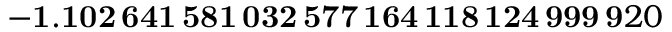
\mathbf { - 1 . 1 0 2 \, 6 4 1 \, 5 8 1 \, 0 3 2 \, 5 7 7 \, 1 6 4 \, 1 1 8 \, 1 2 4 \, 9 9 9 \, 9 } 2 0